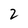
Character: 2